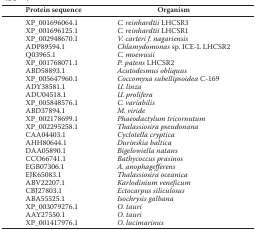
| Protein sequence | Organism |
 | --- | --- |
 | XP_001696064.1 | C. reinhardtii LHCSR3 |
 | XP_001696125.1 | C. reinhardtii LHCSR1 |
 | XP_002948670.1 | V. carteri f. nagariensis |
 | ADP89594.1 | Chlamydomonas sp. ICE-L LHCSR2 |
 | Q03965.1 | C. moewusii |
 | XP_001768071.1 | P. patens LHCSR2 |
 | ABD58893.1 | Acutodesmus obliquus |
 | XP_005647960.1 | Coccomyxa subellipsoidea C-169 |
 | ADY38581.1 | U. linza |
 | ADU04518.1 | U. prolifera |
 | XP_005848576.1 | C. variabilis |
 | ABD37894.1 | M. viride |
 | XP_002178699.1 | Phaeodactylum tricornutum |
 | XP_002295258.1 | Thalassiosira pseudonana |
 | CAA04403.1 | Cyclotella cryptica |
 | AHH80644.1 | Durinskia baltica |
 | DAA05890.1 | Bigelowiella natans |
 | CCO66741.1 | Bathycoccus prasinos |
 | EGB07306.1 | A. anophagefferens |
 | EJK65083.1 | Thalassiosira oceanica |
 | ABV22207.1 | Karlodinium veneficum |
 | CBJ27803.1 | Ectocarpus siliculosus |
 | ABA55525.1 | Isochrysis galbana |
 | XP_003079276.1 | O. tauri |
 | AAY27550.1 | O. tauri |
 | XP_001417976.1 | O. lucimarinus |